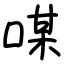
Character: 㖼